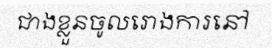
ជាងខ្លួនចូលរោងការនៅ